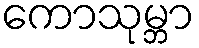
ကောသုမ္ဘာ